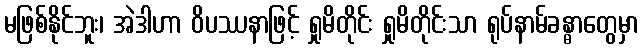
မဖြစ်နိုင်ဘူး၊ အဲဒါဟာ ဝိပဿနာဖြင့် ရှုမိတိုင်း ရှုမိတိုင်းသာ ရုပ်နာမ်ခန္ဓာတွေမှာ